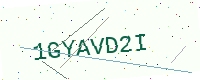
Text: 1GYAVD2I